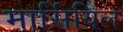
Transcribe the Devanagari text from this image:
मार्सियिल